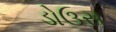
ડોઉસ